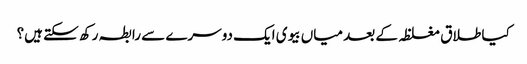
کیا طلاق مغلظہ کے بعد میاں بیوی ایک دوسرے سے رابطہ رکھ سکتے ہیں؟